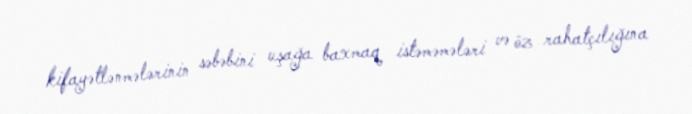
kifayətlənmələrinin səbəbini uşağa baxmaq istəməmələri və öz rahatçılığına